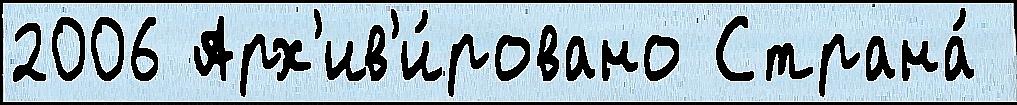
2006 Арх'ив'и́ровано Страна́